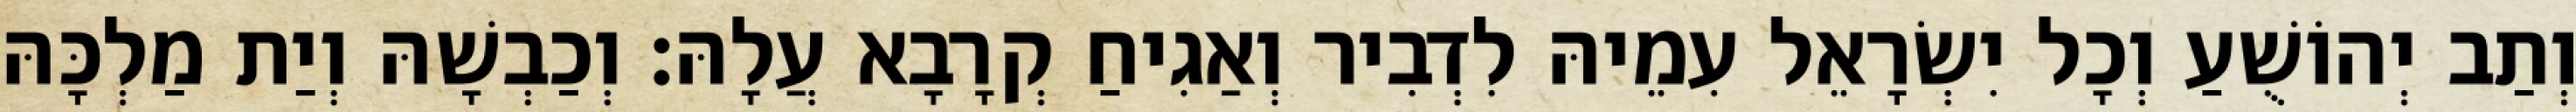
וְתַב יְהוֹשֻׁעַ וְכָל יִשְׂרָאֵל עִמֵיהּ לִדְבִיר וְאַגִיחַ קְרָבָא עֲלָהּ׃ וְכַבְשָׁהּ וְיַת מַלְכָּהּ